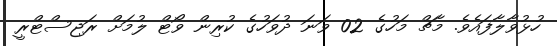
ހުޅުވާލާފައެވެ. މާޗް މަހުގެ 02 ވަނަ ދުވަހުގެ ކުރިން ވޯޓް ލުމަށް ރަޖިސްޓްރީ